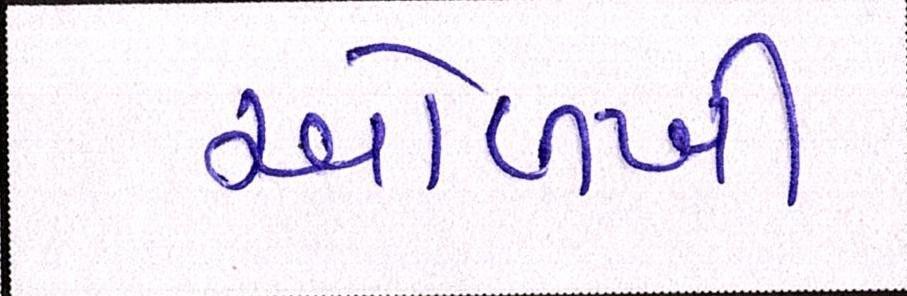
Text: ઓળખી